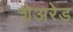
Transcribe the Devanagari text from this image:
शेअरेड